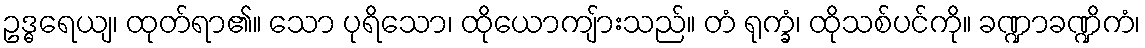
ဥဒ္ဓရေယျ၊ ထုတ်ရာ၏။ သော ပုရိသော၊ ထိုယောကျ်ားသည်။ တံ ရုက္ခံ၊ ထိုသစ်ပင်ကို။ ခဏ္ဍာခဏ္ဍိကံ၊